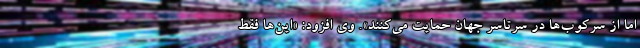
اما از سرکوب‌ها در سرتاسر جهان حمایت می‌کنند». وی افزود: «این‌ها فقط